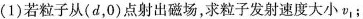
(1)若粒子从(d，0)点射出磁场，求粒子发射速度大小v_{1}；